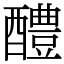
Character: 醴